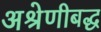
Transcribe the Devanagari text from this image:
अश्रेणीबद्ध